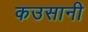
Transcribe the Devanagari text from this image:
कउसानी